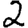
Digit: 2